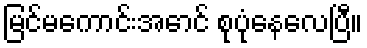
မြင်မကောင်းအောင် စုပုံနေလေပြီ။